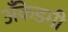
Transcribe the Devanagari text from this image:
अँकेडमी